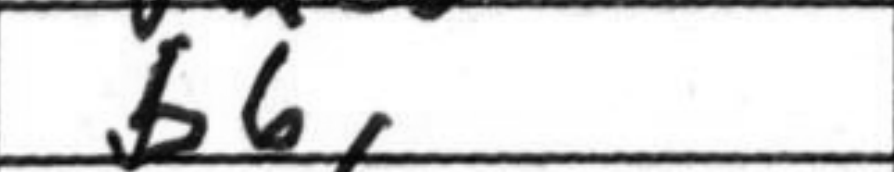
Transcription: b6